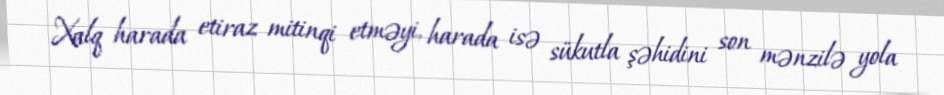
Xalq harada etiraz mitinqi etməyi, harada isə sükutla şəhidini son mənzilə yola